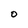
Character: O